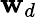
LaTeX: \mathbf{w}_{d}